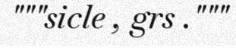
"""sicle , grs ."""